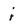
Character: i